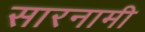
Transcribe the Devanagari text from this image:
सारनामी